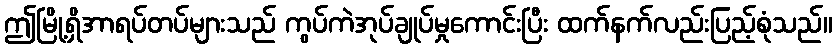
ဤမြို့ရှိအာရပ်တပ်များသည် ကွပ်ကဲအုပ်ချုပ်မှုကောင်းပြီး ထက်နက်လည်းပြည့်စုံသည်။